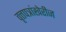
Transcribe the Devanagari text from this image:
वृत्तपत्रांखेरीज